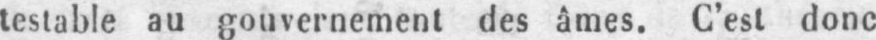
testable au gouvernement des âmes. C’est donc